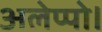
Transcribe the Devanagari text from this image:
अलेप्पो।